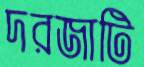
দরজাটি